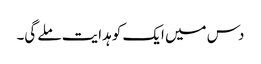
دس میں ایک کو ہدایت ملے گی۔